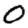
Digit: 0